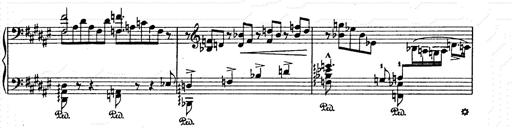
Title: AnnÃ©es de pÃ¨lerinage II
Composer: Franz Liszt